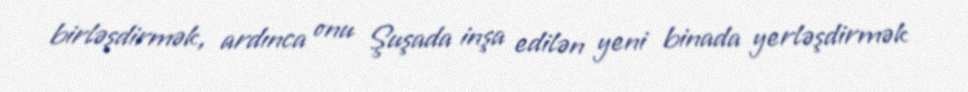
birləşdirmək, ardınca onu Şuşada inşa edilən yeni binada yerləşdirmək